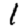
Digit: 1